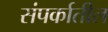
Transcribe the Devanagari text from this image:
संपर्कातील